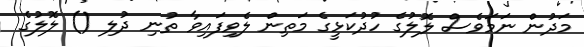
މަދުން ނަމަވެސް ލޮލުގެ ހުދުކަޅީގެ މަތިން ލެވިފައިވާ ތުނި ދުލި () ލޮލުގެ